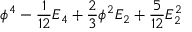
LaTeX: \phi ^ { 4 } - { \frac { 1 } { 1 2 } } E _ { 4 } + { \frac { 2 } { 3 } } \phi ^ { 2 } E _ { 2 } + { \frac { 5 } { 1 2 } } E _ { 2 } ^ { 2 }